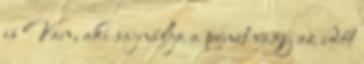
is ​​​​​​​Van, aki sajnálja a pénzt vagy az időt